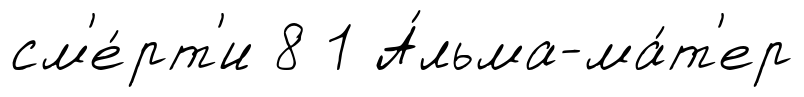
см'е́рт'и 8 1 А́льма-ма́т'ер